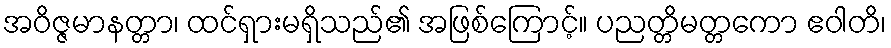
အဝိဇ္ဇမာနတ္တာ၊ ထင်ရှားမရှိသည်၏ အဖြစ်ကြောင့်။ ပညတ္တိမတ္တကော ဧဝါတိ၊